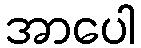
အာပေါ